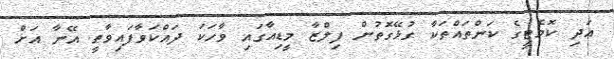
އަދި ކޮމެޓީގެ ކަންތައްތަކާ ގުޅޭގޮތުން ފިލްޒާ މީޑިއާގައި ވާހަކަ ދައްކަވާފައިވާތީ އޭނާ އަށް